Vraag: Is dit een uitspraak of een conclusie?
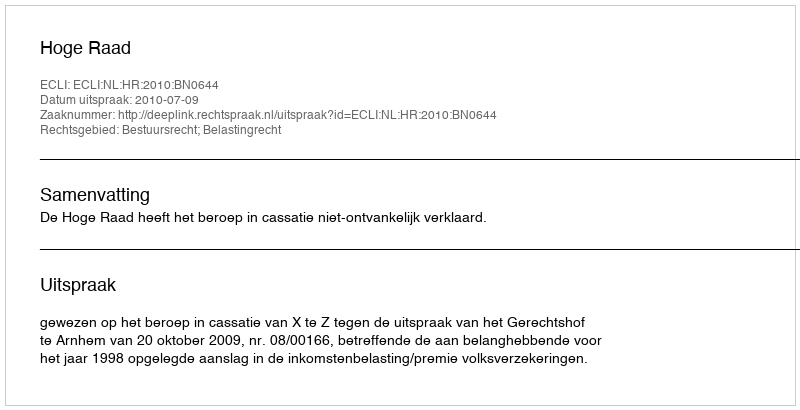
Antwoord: Uitspraak